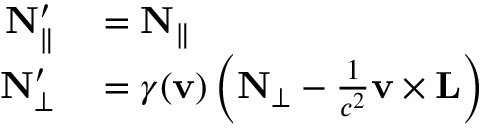
\begin{array} { r l } { \mathbf { N } _ { \parallel } ^ { \prime } } & { { } = \mathbf { N } _ { \parallel } } \\ { \mathbf { N } _ { \perp } ^ { \prime } } & { { } = \gamma ( \mathbf { v } ) \left( \mathbf { N } _ { \perp } - { \frac { 1 } { c ^ { 2 } } } \mathbf { v } \times \mathbf { L } \right) } \end{array}